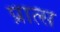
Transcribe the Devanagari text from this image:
प्रात्स